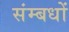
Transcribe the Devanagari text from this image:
संम्बधों